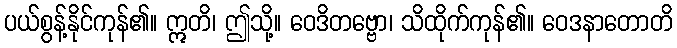
ပယ်စွန့်နိုင်ကုန်၏။ ဣတိ၊ ဤသို့။ ဝေဒိတဗ္ဗော၊ သိထိုက်ကုန်၏။ ဝေဒနာတောတိ